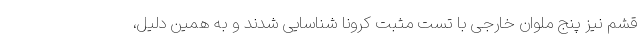
قشم نیز پنج ملوان خارجی با تست مثبت کرونا شناسایی شدند و به همین دلیل،